Report of the Imperial Institute of Veterinary Research, Muktesar
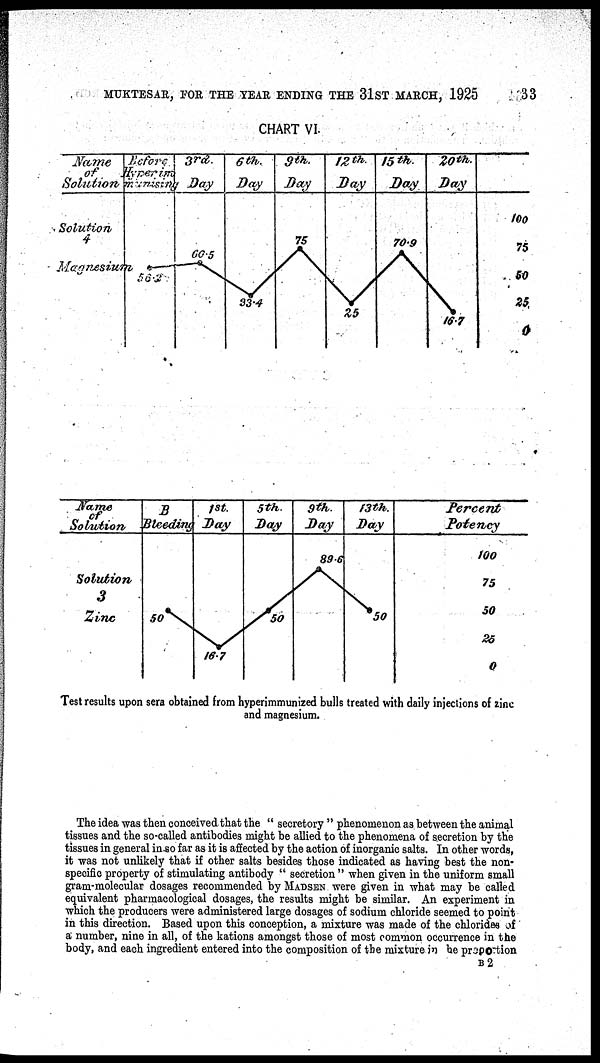
MUKTESAR, FOR THE YEAR ENDING THE 31ST MARCH, 1925
33
CHART VI.
Test results upon sera obtained from hyperimmunized bulls treated with daily injections of zinc
and magnesium.
The idea was then conceived that the " secretory " phenomenon as between the animal
tissues and the so-called antibodies might be allied to the phenomena of secretion by the
tissues in general in so far as it is affected by the action of inorganic salts. In other words,
it was not unlikely that if other salts besides those indicated as having best the non-
specific property of stimulating antibody " secretion" when given in the uniform small
gram-molecular dosages recommended by MADSEN were given in what may be called
equivalent pharmacological dosages, the results might be similar. An experiment in
which the producers were administered large dosages of sodium chloride seemed to point
in this direction. Based upon this conception, a mixture was made of the chlorides of
a number, nine in all, of the kations amongst those of most common occurrence in the
body, and each ingredient entered into the composition of the mixture in the proportion
B 2